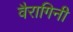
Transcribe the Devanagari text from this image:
वैरागिनी